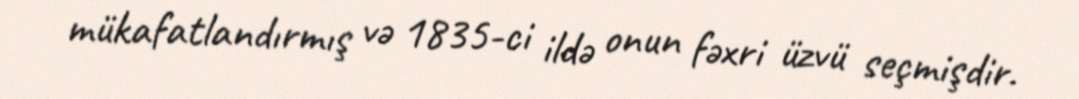
mükafatlandırmış və 1835-ci ildə onun fəxri üzvü seçmişdir.